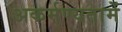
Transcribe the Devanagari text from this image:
अकर्मण्यतामें